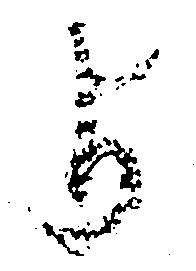
よ